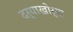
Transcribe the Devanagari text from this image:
दर्‍याखोर्‍या